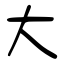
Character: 大